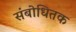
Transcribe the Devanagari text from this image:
संबोधितक